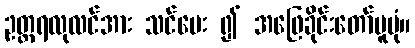
ဥတ္တရလုလင်အား သင်ပေး ၍ အဖြေခိုင်းတော်မူပုံ။